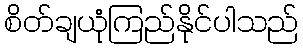
စိတ်ချယုံကြည်နိုင်ပါသည်